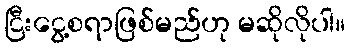
ငြီးငွေ့စရာဖြစ်မည်ဟု မဆိုလိုပါ။